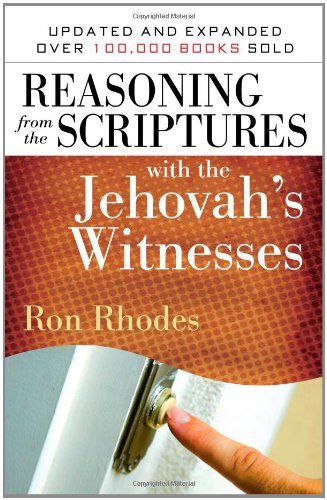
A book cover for Reasoning from the Scriptures with the Jehovah's Witnesses; Ron Rhodes; Christian Books & Bibles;